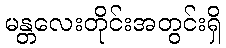
မန္တလေးတိုင်းအတွင်းရှိ